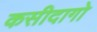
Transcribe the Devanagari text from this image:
कसीदागो